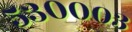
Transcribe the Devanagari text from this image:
५३०००३